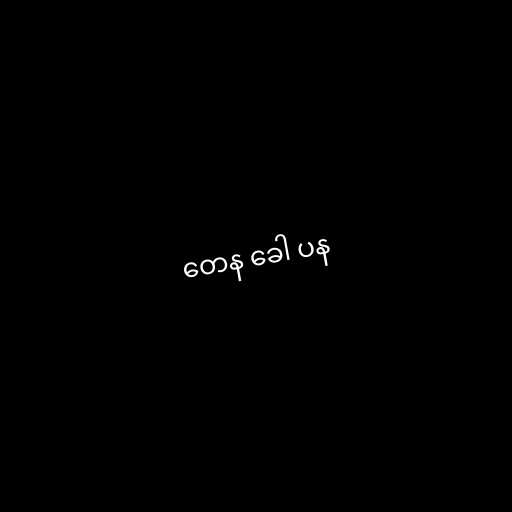
တေန ခေါ ပန